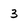
Character: 3